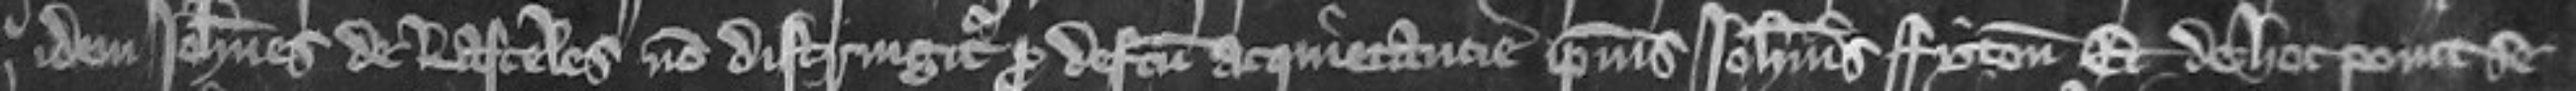
idem Johannes de Lasceles non distringitur pro defectu acquietancie ipsius Johannis Fyton Et de hoc ponit se